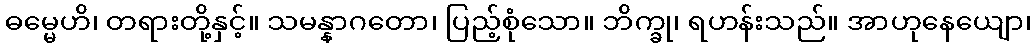
ဓမ္မေဟိ၊ တရားတို့နှင့်။ သမန္နာဂတော၊ ပြည့်စုံသော။ ဘိက္ခု၊ ရဟန်းသည်။ အာဟုနေယျော၊